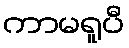
ကာမရူပီ